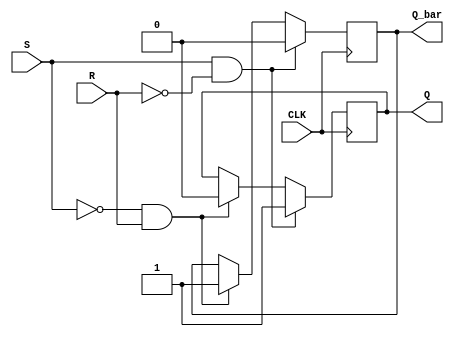
module sr_flipflop (
    input S, 
    input R,
    input CLK,
    output reg Q,
    output reg Q_bar
);

always @(posedge CLK) begin
    if (S & !R) begin
        Q <= 1;
        Q_bar <= 0;
    end else if (!S & R) begin
        Q <= 0;
        Q_bar <= 1;
    end
end

endmodule